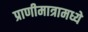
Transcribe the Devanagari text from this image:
प्राणीमात्रामध्ये